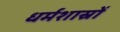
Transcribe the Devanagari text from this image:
धर्मशास्रों